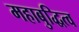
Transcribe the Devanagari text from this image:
महाबुद्धित्व